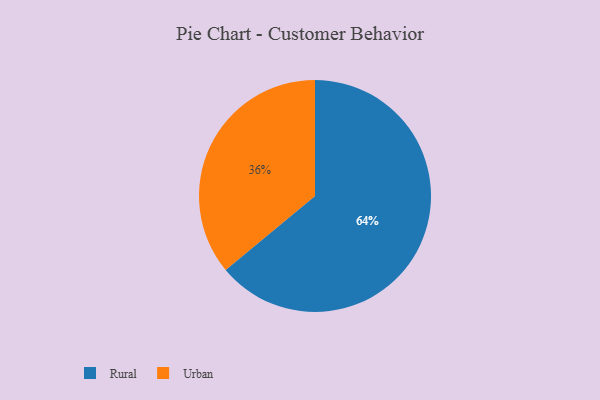
{"axis": {"x": "Category", "y": "Percentage"}, "legend": ["Rural", "Urban"], "data": [{"x": "Urban", "y": 36, "type": "Urban"}, {"x": "Rural", "y": 64, "type": "Rural"}]}